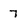
Character: 7